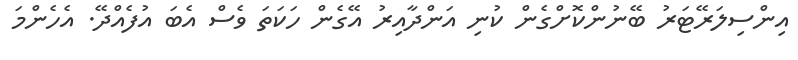
އިންސިލަރޭޓަރު ބޭނުންކޮށްގެން ކުނި އަންދާއިރު އޭގެން ހަކަތަ ވެސް އެބަ އުފެއްދޭ. އެހެންމަ